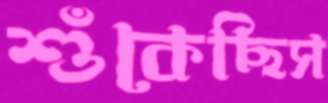
শুঁকেছিস